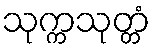
သုက္ကသုတ္တံ